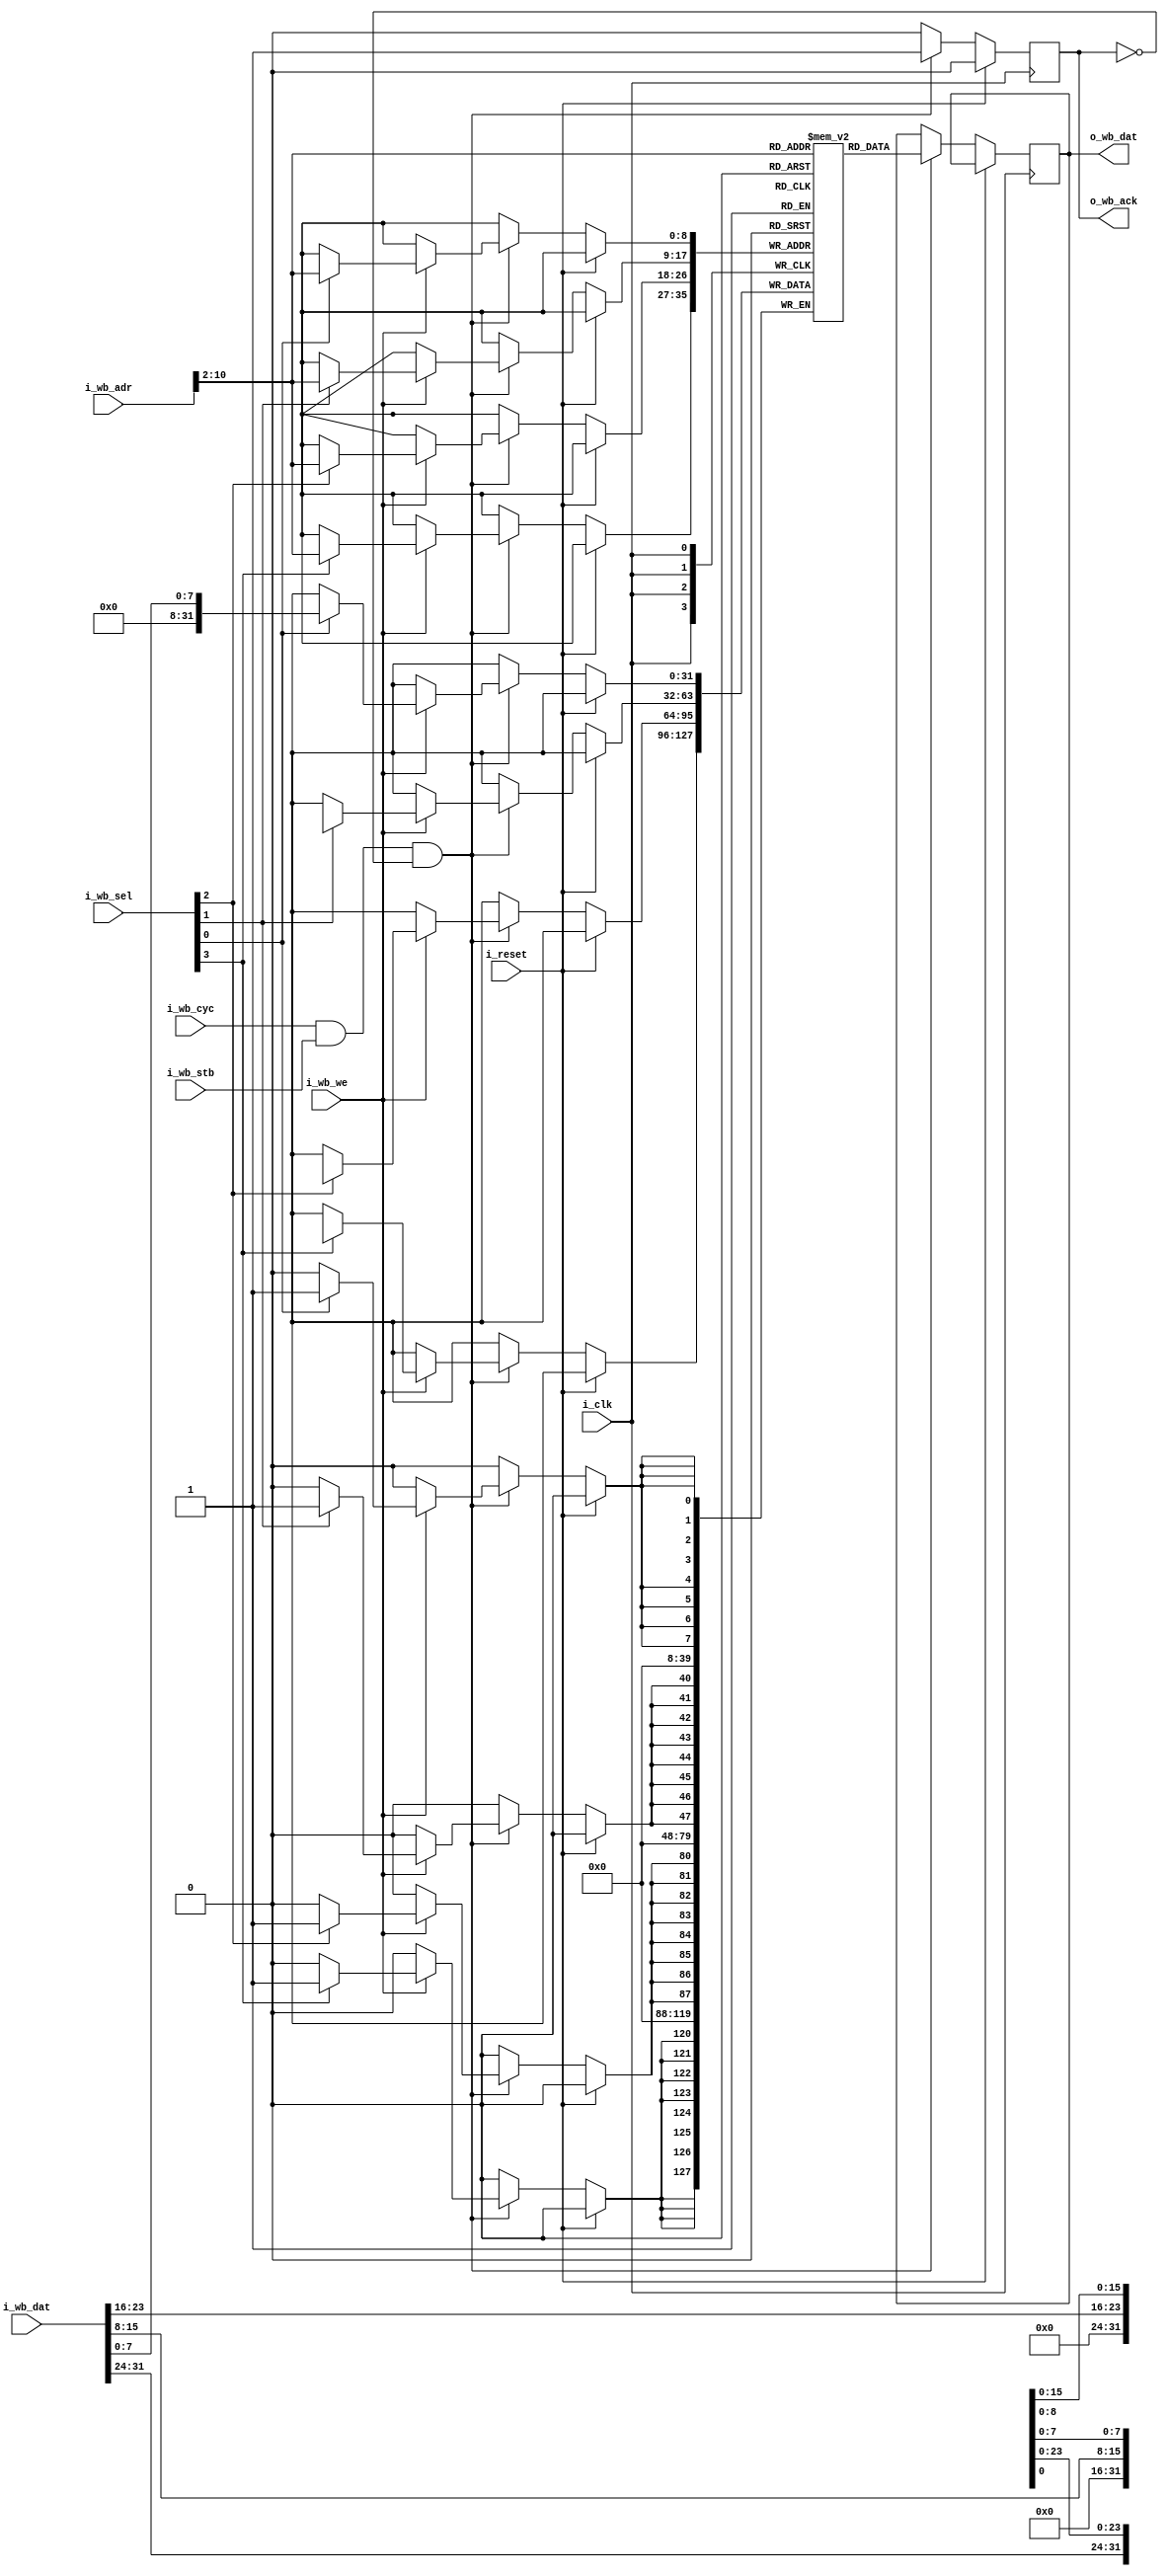
module wb_ram(
    // RCC
    input wire i_clk,
    input wire i_reset,
    // Wishbone
    input  wire [31:0] i_wb_adr,
    input  wire [31:0] i_wb_dat,
    input  wire  [3:0] i_wb_sel,
    input  wire        i_wb_we,
    input  wire        i_wb_cyc,
    input  wire        i_wb_stb,
    output reg  [31:0] o_wb_dat,
    output reg         o_wb_ack
);

// Number of 32-bit words to store
parameter SIZE = 512;

// Data storage
reg [31:0] data [SIZE];

// If we have been given an initial file parameter, load that
parameter INITIAL_HEX = "";
initial begin
    /* verilator lint_off WIDTH */
    if (INITIAL_HEX != "")
        $readmemh(INITIAL_HEX, data);
    /* verilator lint_on WIDTH */
end

// Each data entry is 32 bits wide, so right shift the input address
localparam addr_width = $clog2(SIZE);
wire [addr_width-1:0] data_addr = i_wb_adr[addr_width+1:2];

integer i;
always @(posedge i_clk) begin
    if (i_reset) begin
        o_wb_ack <= 1'b0;
    end else begin
        o_wb_ack <= 1'b0;

        if (i_wb_cyc & i_wb_stb & ~o_wb_ack) begin
            // Always ack
            o_wb_ack <= 1'b1;

            // Reads
            o_wb_dat <= data[data_addr];

            // Writes
            if (i_wb_we) begin
                for (i = 0; i < 4; i++) begin
                    if (i_wb_sel[i])
                        data[data_addr][i*8 +: 8] <= i_wb_dat[i*8 +: 8];
                end
            end
        end
    end
end

endmodule